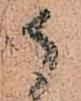
候